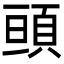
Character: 𩒢